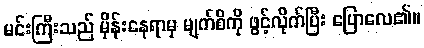
မင်းကြီးသည် မှိန်းနေရာမှ မျက်စိကို ဖွင့်လိုက်ပြီး ပြောလေ၏။